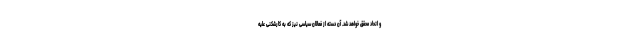
و اتحاد محقق خواهد شد. آن دسته از فعالان سیاسی نیز که به کارشکنی علیه